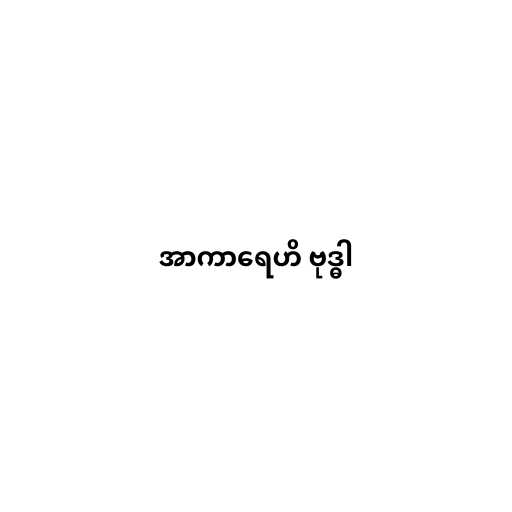
အာကာရေဟိ ဗုဒ္ဓါ